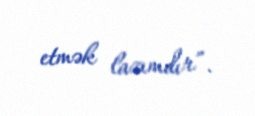
etmək lazımdır”.